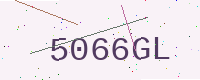
Text: 5066GL